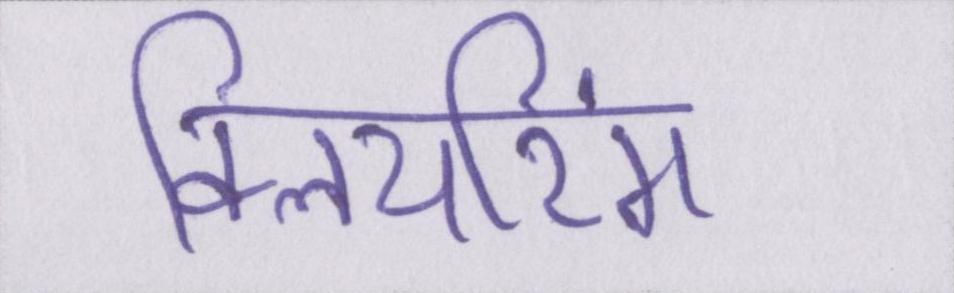
क्लियरिंग